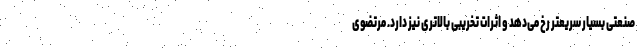
صنعتی بسیار سریعتر رخ می‌دهد و اثرات تخریبی بالاتری نیز دارد. مرتضوی